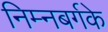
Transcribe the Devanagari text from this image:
निम्नबर्गके